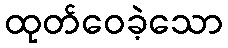
ထုတ်ဝေခဲ့သော